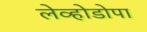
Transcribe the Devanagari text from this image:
लेव्होडोपा